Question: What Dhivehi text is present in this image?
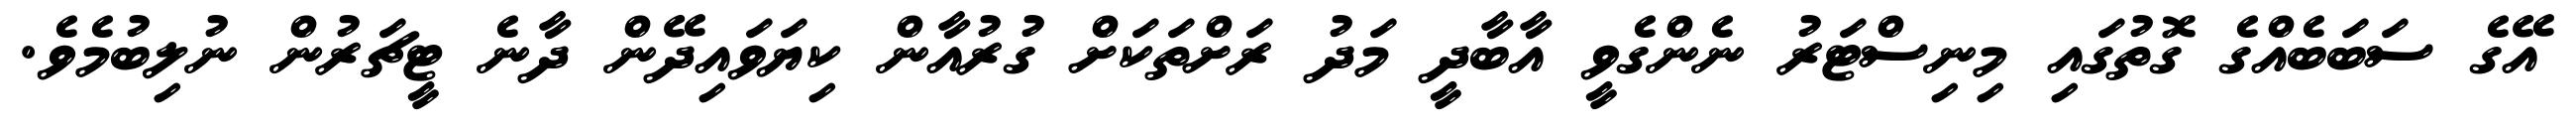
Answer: އޭގެ ސަބަބެއްގެ ގޮތުގައި މިނިސްޓަރު ނެންގެވީ އާބާދީ މަދު ރަށްތަކަށް ގުރުއާން ކިޔަވައިދޭން ދާނެ ޓީޗަރުން ނުލިބުމެވެ.